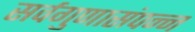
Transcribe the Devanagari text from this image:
सर्वगुणासंपन्न